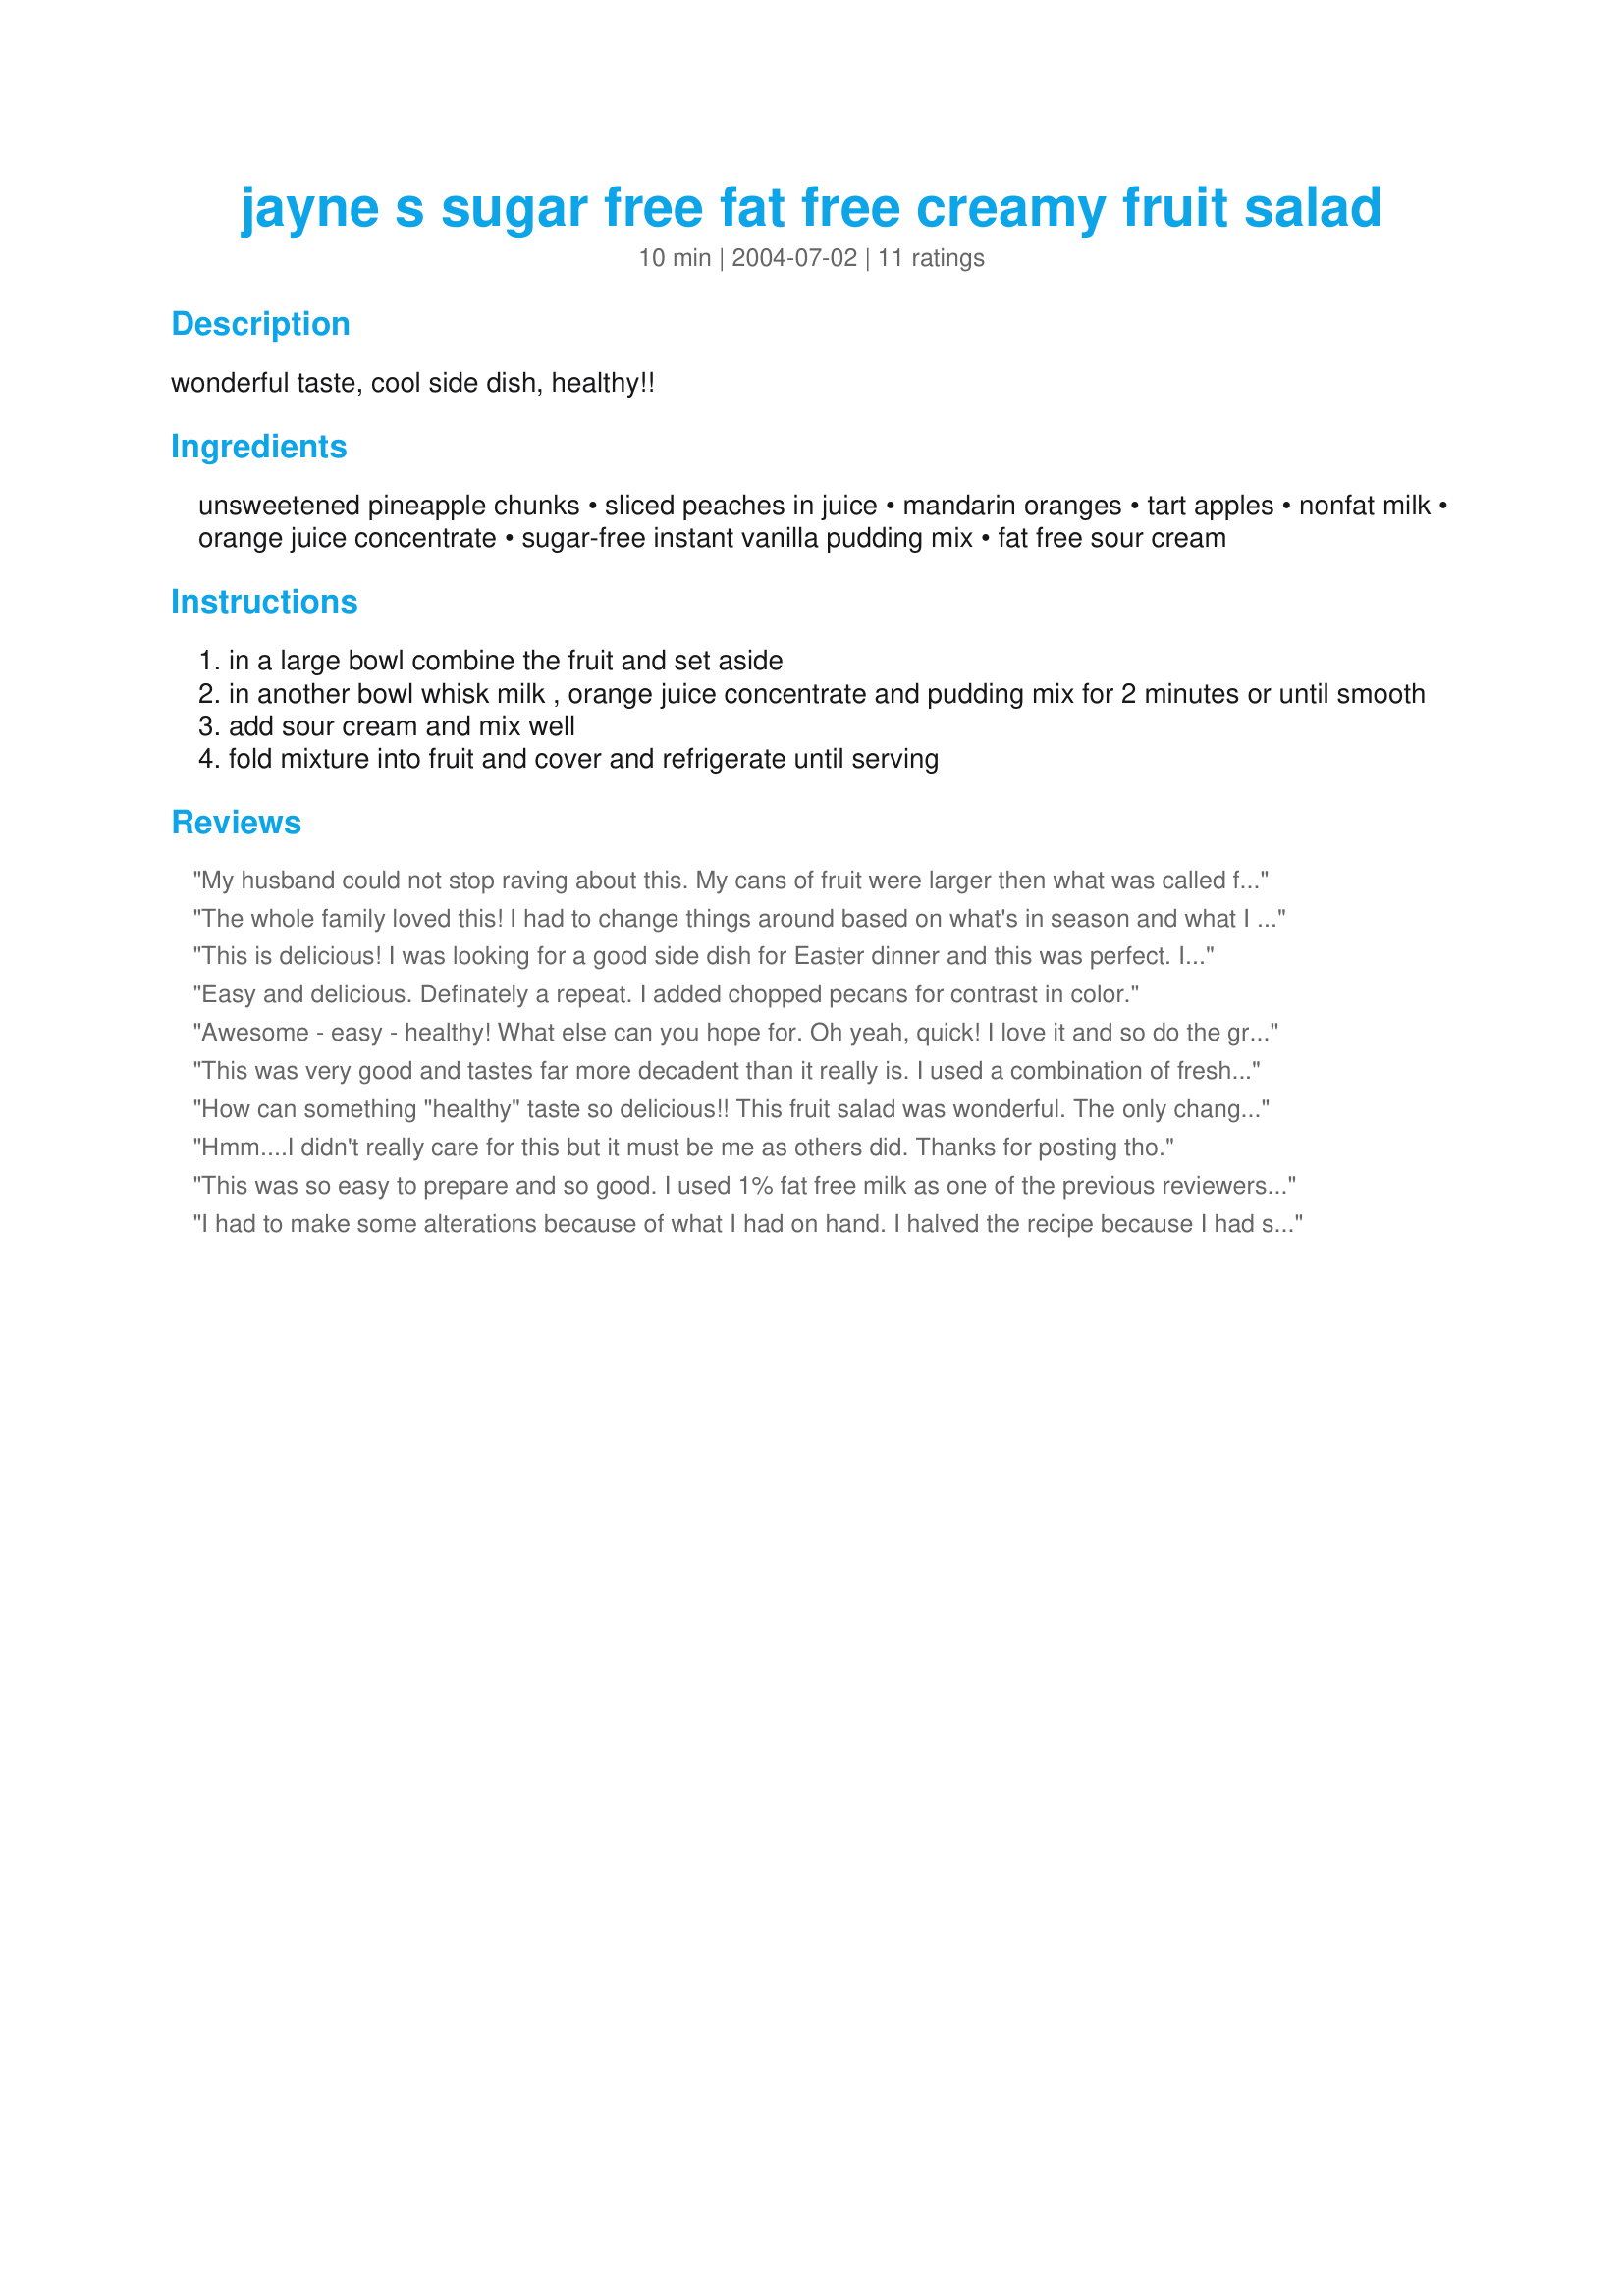
jayne s sugar free fat free creamy fruit salad
Preparation time: 10 minutes

wonderful taste, cool side dish, healthy!!

Ingredients:
unsweetened pineapple chunks, sliced peaches in juice, mandarin oranges, tart apples, nonfat milk, orange juice concentrate, sugar-free instant vanilla pudding mix, fat free sour cream

Steps:
in a large bowl combine the fruit and set aside
in another bowl whisk milk , orange juice concentrate and pudding mix for 2 minutes or until smooth
add sour cream and mix well
fold mixture into fruit and cover and refrigerate until serving

Reviews:
My husband could not stop raving about this. My cans of fruit were larger then what was called for, so I only used 2 cut up apples (some lovely organic ones I was given). The kids loved it and I loved how easy it was to put together. We will probably be eating it for breakfast all week. And while it would take away from the healthy part of it a tad, some mini marshmallows would be great in this! Lovely texture and flavor.
The whole family loved this! I had to change things around based on what's in season and what I had on hand...I left out the orange juice concentrate and for the sour cream I used 1/2 light sour cream and 1/2 fat free plain yogurt so that it wasn't so sweet. I also sprinkled in a bit of nutmeg and cinnamon. I used apples, clementines, bananas, and pineapple. You know it's a great recipe when the kids ask for seconds only on the fruit salad!
This is delicious! I was looking for a good side dish for Easter dinner and this was perfect. I did have to make a few changes. I bought plenty of apples, but we actually ended up eating them before I could slice them into this salad. So I put in fresh strawberries and blueberries and more mandarin oranges. Also, I used pineapple juice concentrate because my husband doesn't care for orange juice. I really loved this salad and it will be one of my favorite side dishes to take from now on!
Easy and delicious. Definately a repeat. I added chopped pecans for contrast in color.
Awesome - easy - healthy! What else can you hope for. Oh yeah, quick! I love it and so do the grandchildren. I use fruits that are in season always remembering to include a dense textured fruit like apple - good substituti is pear. you can be creative with this one. This is also a good potluck dish.
This was very good and tastes far more decadent than it really is. I used a combination of fresh fruits I had on hand, most from the berry garden and orchard. I'd like to try apple juice concentrate rather than orange next time.
How can something "healthy" taste so delicious!! This fruit salad was wonderful. The only changes I made was to use 1% low fat milk (because that's all I had on hand), and I also threw in a handful of green seedless grapes! You can bet I'll be making this often! Thanks for sharing!
Hmm....I didn't really care for this but it must be me as others did. Thanks for posting tho.
This was so easy to prepare and so good. I used 1% fat free milk as one of the previous reviewers did. I am looking forward to making this using all kinds of different fruits. Thanks for a great recipe.
I had to make some alterations because of what I had on hand. I halved the recipe because I had smaller cans of fruit. Also, I had to use sugar-free white chocolate pudding mix because I had that but no vanilla. I used whole milk and fat-free sour cream but didn't have quite enough sour cream. Still, it was very sweet and yummy! Thanks for posting this, Trisha! It's a keeper!
This stuff if FABULOUS! I've made it for several pot-luck dinners and family gatherings and everyone raves about it every time. 

Thanks for posting this!
